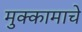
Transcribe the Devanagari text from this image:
मुक्कामाचे